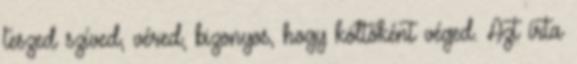
teszed szíved, véred, bizonyos, hogy költőként véged. Azt írta